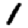
Digit: 1